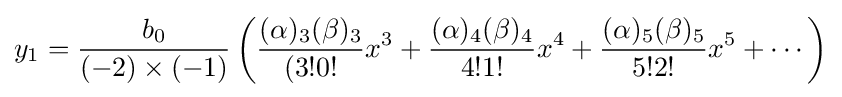
y_{1}={\frac {b_{0}}{(-2)\times (-1)}}\left({\frac {(\alpha )_{3}(\beta )_{3}}{(3!0!}}x^{3}+{\frac {(\alpha )_{4}(\beta )_{4}}{4!1!}}x^{4}+{\frac {(\alpha )_{5}(\beta )_{5}}{5!2!}}x^{5}+\cdots \right)